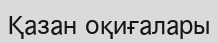
Қазан оқиғалары